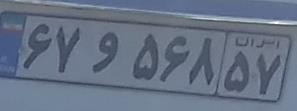
۶۷و۵۶۸۵۷